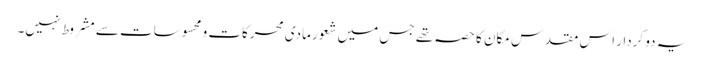
یہ دو کردار اس مقدس مکان کا حصہ تھے جس میں شعور مادی محرکات و محسوسات سے مشروط نہیں۔